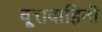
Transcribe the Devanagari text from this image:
वृ्त्तवाहिनी